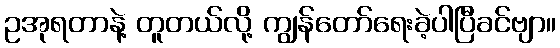
ဥအုရတာနဲ့ တူတယ်လို့ ကျွန်တော်ရေးခဲ့ပါပြီခင်ဗျာ။